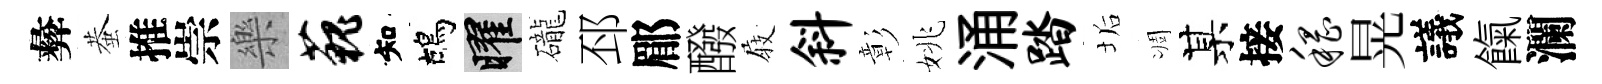
彜蛬推崇樂藐知鴣曜礲邳郿醱𡲆斜彰姚涌踏垢凋某接稽晃議餼瀾